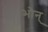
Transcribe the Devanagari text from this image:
भोन्